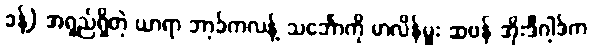
ခန့်) အရှည်ရှိတဲ့ ယာရာ ဘာ့ခ်ကလန့် သင်္ဘောကို မာလိန်မှူး ဆဗန် အိုးဒီဂါ့ဒ်က